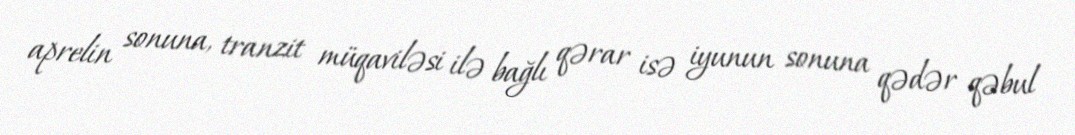
aprelin sonuna, tranzit müqaviləsi ilə bağlı qərar isə iyunun sonuna qədər qəbul